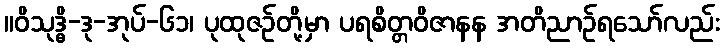
။ဝိသုဒ္ဓိ-ဒု-အုပ်-၆၁၊ ပုထုဇဉ်တို့မှာ ပရစိတ္တဝိဇာနန အတိညာဉ်ရသော်လည်း